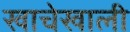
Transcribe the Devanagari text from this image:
खाचेखाली